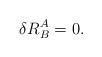
LaTeX: \begin{align*} \delta R^A_B=0.\end{align*}